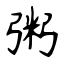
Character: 粥